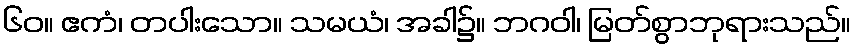
၆၀။ ဧကံ၊ တပါးသော။ သမယံ၊ အခါ၌။ ဘဂဝါ၊ မြတ်စွာဘုရားသည်။